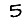
Digit: 5